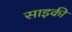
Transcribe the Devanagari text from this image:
साइकी